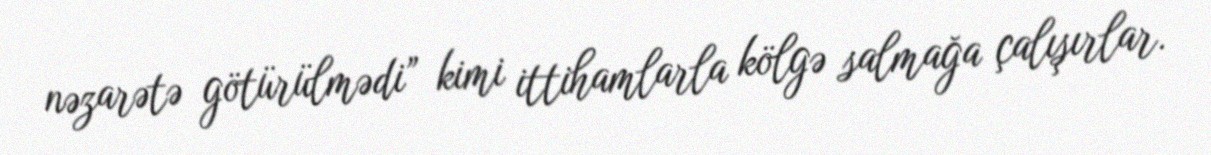
nəzarətə götürülmədi” kimi ittihamlarla kölgə salmağa çalışırlar.